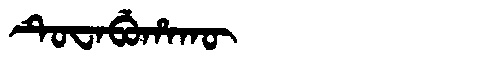
Manchu: ᡨᡠᠸᠠᠪᡠᡥᠠᡴᡡ
Romanization: TUWABUHAKŪ